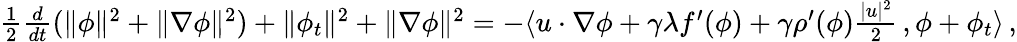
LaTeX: \begin{array}{r}{\frac{1}{2}\frac{d}{dt}(\| \phi\| ^{2}+\| \nabla\phi\| ^{2})+\| \phi_{t}\| ^{2}+\| \nabla\phi\| ^{2}=-\langle u\cdot\nabla\phi+\gamma\lambda f^{\prime}(\phi)+\gamma\rho^{\prime}(\phi)\frac{|u|^{2}}{2}\, ,\phi+\phi_{t}\rangle\, ,}\end{array}